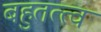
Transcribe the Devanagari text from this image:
बहुतत्त्व